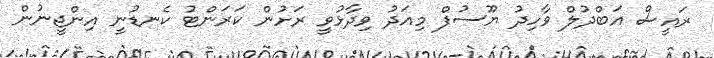
ރައީސް އަބްދުލް ވާހިދު ޔޫސުފް މިއަދު ވިދާޅުވީ ރަށުން ކަރަންޓު ކެނޑުނީ އިންޖީނުން